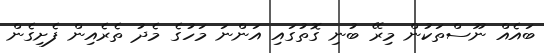
ބައެއް ނޫސްތަކުން މިރޭ ބުނި ގޮތުގައި އަންނަ މަހުގެ މެދު ތެރެއިން ފެށިގެން